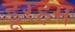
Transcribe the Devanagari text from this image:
डूरहम